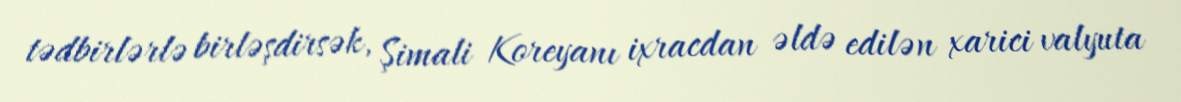
tədbirlərlə birləşdirsək, Şimali Koreyanı ixracdan əldə edilən xarici valyuta